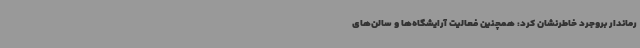
رماندار بروجرد خاطرنشان کرد: همچنین فعالیت آرایشگاه‌ها و سالن‌های